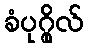
ခံပုဂ္ဂိုလ်